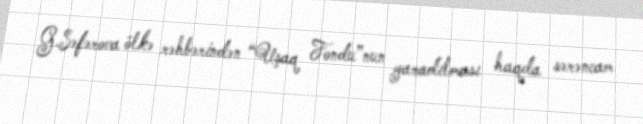
G.Səfərova ölkə rəhbərindən “Uşaq Fondu”nun yaradılması haqda sərəncam